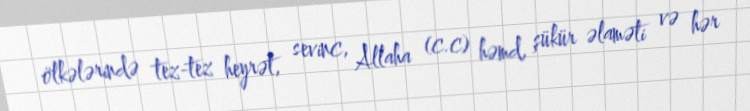
ölkələrində tez-tez heyrət, sevinc, Allaha (c.c) həmd, şükür əlaməti və hər